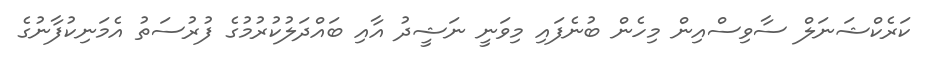
ކަރެކްޝަނަލް ސާވިސްއިން މިހެން ބުނެފައި މިވަނީ ނަޝީދު އާއި ބައްދަލުކުރުމުގެ ފުރުސަތު އެމަނިކުފާނުގެ